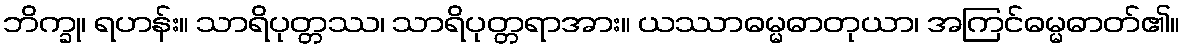
ဘိက္ခု၊ ရဟန်း။ သာရိပုတ္တဿ၊ သာရိပုတ္တရာအား။ ယဿာဓမ္မဓာတုယာ၊ အကြင်ဓမ္မဓာတ်၏။